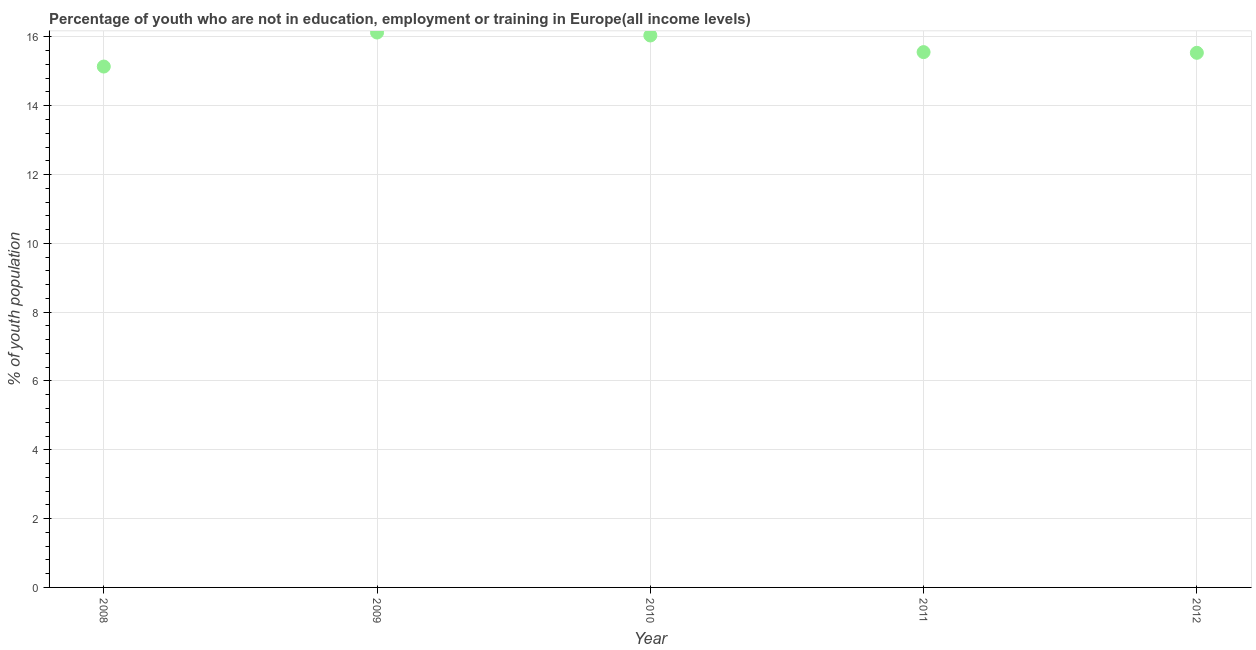
| Year | Unemployed youth |
 | --- | --- |
 | 2008 | 15.1 |
 | 2009 | 16.1 |
 | 2010 | 16 |
 | 2011 | 15.6 |
 | 2012 | 15.5 |